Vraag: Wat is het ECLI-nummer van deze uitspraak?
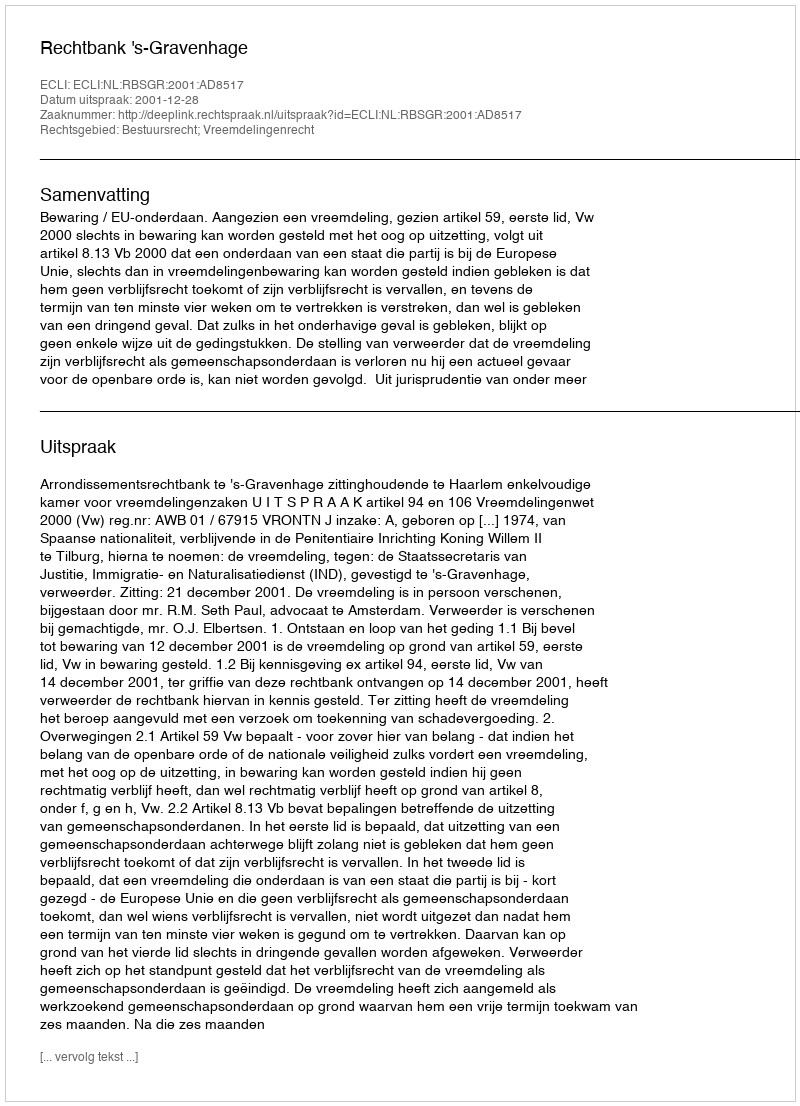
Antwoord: ECLI:NL:RBSGR:2001:AD8517